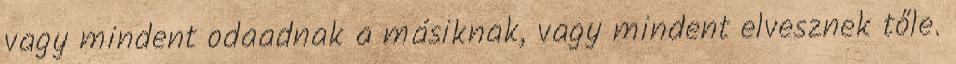
vagy mindent odaadnak a másiknak, vagy mindent elvesznek tőle.